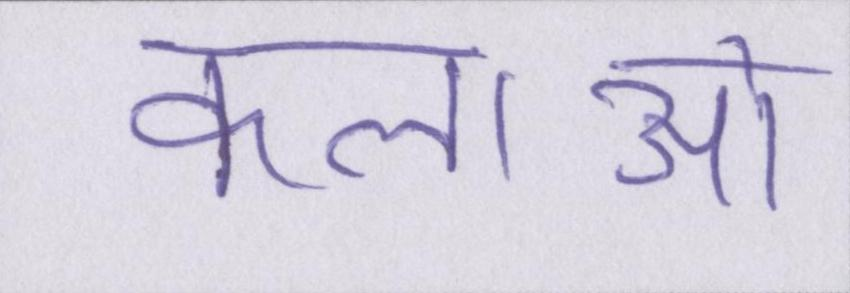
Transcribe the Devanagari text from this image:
कलाओ